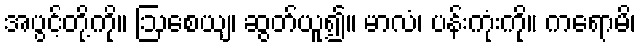
အပွင့်တို့ကို။ ဩစေယျ၊ ဆွတ်ယူ၍။ မာလံ၊ ပန်းကုံးကို။ ကရောမိ၊